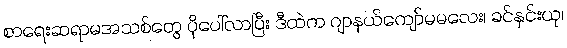
စာရေးဆရာမအသစ်တွေ ပိုပေါ်လာပြီး ဒီထဲက ဂျာနယ်ကျော်မမလေး၊ ခင်နှင်းယု၊